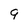
Character: 9